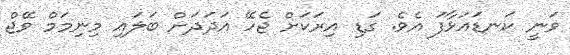
ވަނީ ކަނޑައަޅާފަ އެވެ. ގަޑި އިރަކަށް ޖެހޭ އަދަދަށް ބަލައި މިނިމަމް ވޭޖް